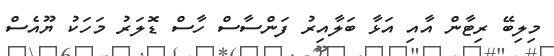
މިލިބޭ ރިޓާން އާއި އަޅާ ބަލާއިރު ފަންސާސް ހާސް ޑޮލަރު މަހަކު ޔޫއެސް